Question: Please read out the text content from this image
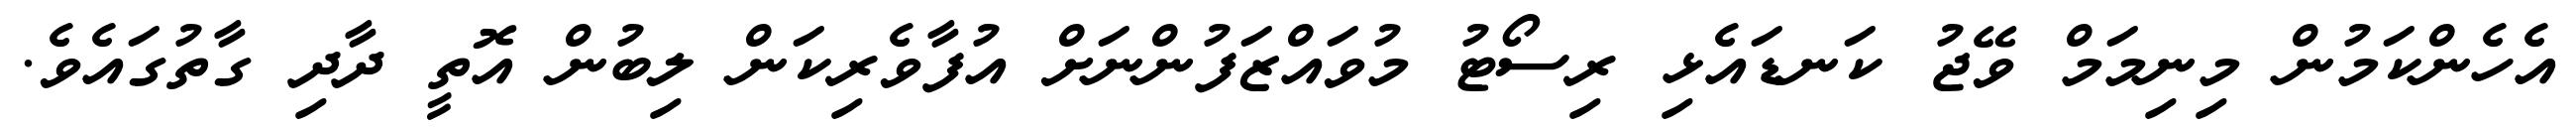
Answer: އެހެންކަމުން މިނިމަމް ވޭޖު ކަނޑައެޅި ރިސޯޓު މުވައްޒަފުންނަށް އުފާވެރިކަން ލިބުން އޮތީ ދާދި ގާތުގައެވެ.